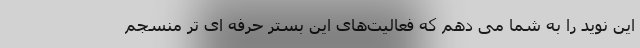
این نوید را به شما می دهم که فعالیت‌های این بستر حرفه ای تر منسجم